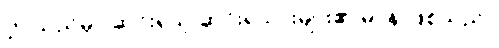
ဤသည်မှာ ဆင်းရဲသူ ဆင်းရဲသားများ၏ မာန ဖြစ်သည်။